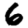
Digit: 6